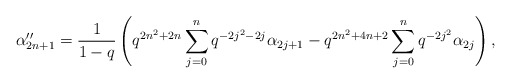
\begin{align*} \alpha''_{2n+1} = \frac{1}{1-q}\left(q^{2n^2+2n}\sum_{j=0}^{n}q^{-2j^2-2j}\alpha_{2j+1} - q^{2n^2+4n+2}\sum_{j=0}^{n}q^{-2j^2}\alpha_{2j}\right),\end{align*}